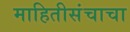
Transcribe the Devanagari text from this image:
माहितीसंचाचा